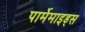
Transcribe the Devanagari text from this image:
पार्मेमाइड्स